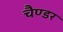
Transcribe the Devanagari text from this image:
चैण्डर